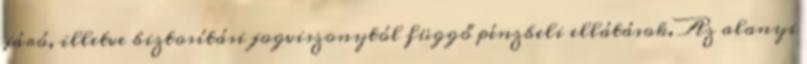
járó, illetve biztosítási jogviszonytól függő pénzbeli ellátások. Az alanyi